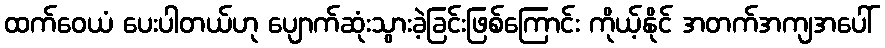
ထက်ဝေယံ ပေးပါတယ်ဟု ပျောက်ဆုံးသွားခဲ့ခြင်းဖြစ်ကြောင်း ကိုယ့်နိုင် အတက်အကျအပေါ်